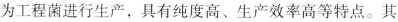
为工程菌进行生产，具有纯度高、生产效率高等特点。其